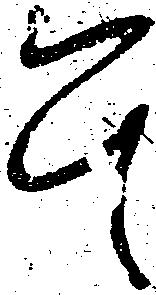
其